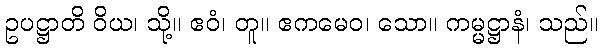
ဥပဋ္ဌာတိ ဝိယ၊ သို့။ ဧဝံ၊ တူ။ ဧကမေဝ၊ သော။ ကမ္မဋ္ဌာနံ၊ သည်။